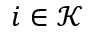
i \in \mathcal K